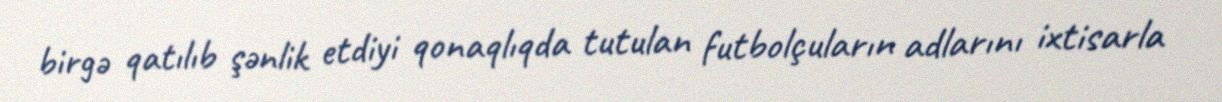
birgə qatılıb şənlik etdiyi qonaqlıqda tutulan futbolçuların adlarını ixtisarla